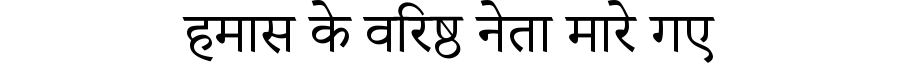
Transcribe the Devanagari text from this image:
हमास के वरिष्ठ नेता मारे गए